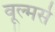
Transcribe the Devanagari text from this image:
वूल्मर्स